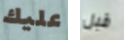
عليك قبل